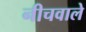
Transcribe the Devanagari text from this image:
नीचवाले